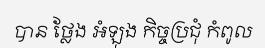
បាន ថ្លែង អំឡុង កិច្ចប្រជុំ កំពូល